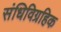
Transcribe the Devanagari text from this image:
संधिविग्रहिक